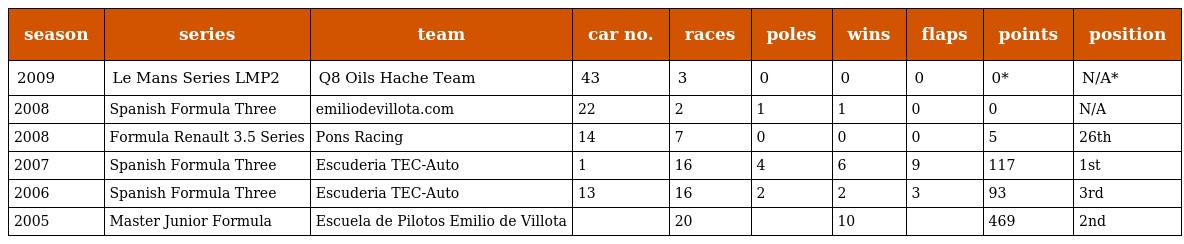
| season | series | team | car no. | races | poles | wins | flaps | points | position |
 | --- | --- | --- | --- | --- | --- | --- | --- | --- | --- |
 | 2009 | Le Mans Series LMP2 | Q8 Oils Hache Team | 43 | 3 | 0 | 0 | 0 | 0* | N/A* |
 | 2008 | Spanish Formula Three | emiliodevillota.com | 22 | 2 | 1 | 1 | 0 | 0 | N/A |
 | 2008 | Formula Renault 3.5 Series | Pons Racing | 14 | 7 | 0 | 0 | 0 | 5 | 26th |
 | 2007 | Spanish Formula Three | Escuderia TEC-Auto | 1 | 16 | 4 | 6 | 9 | 117 | 1st |
 | 2006 | Spanish Formula Three | Escuderia TEC-Auto | 13 | 16 | 2 | 2 | 3 | 93 | 3rd |
 | 2005 | Master Junior Formula | Escuela de Pilotos Emilio de Villota |  | 20 |  | 10 |  | 469 | 2nd |